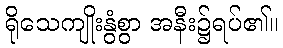
ရိုသေကျိုးနွံစွာ အနီး၌ရပ်၏။